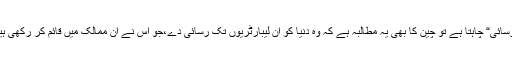
امریکہ اگر چینی لیبارٹریوں تک ”شفاف رسائی“ چاہتا ہے تو چین کا بھی یہ مطالبہ ہے کہ وہ دُنیا کو ان لیبارٹریوں تک رسائی دے،جو اس نے ان ممالک میں قائم کر رکھی ہیں، جو کبھی سوویت یونین کا حصہ تھے۔